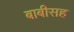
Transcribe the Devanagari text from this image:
बाबीसह